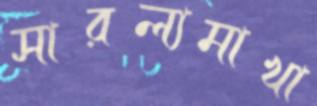
সারল্যমাখা